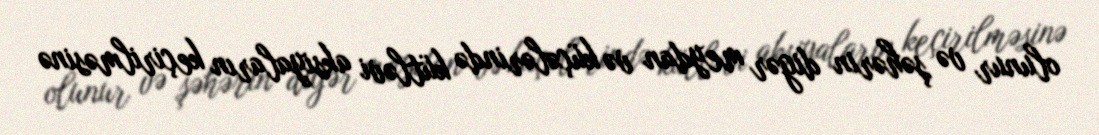
olunur və şəhərin digər meydan və küçələrində kütləvi aksiyaların keçirilməsinə